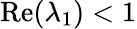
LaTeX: \mathrm{Re}(\lambda_{1})<1